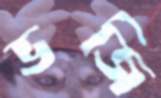
ভজি